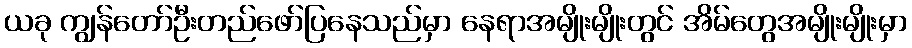
ယခု ကျွန်တော်ဦးတည်ဖော်ပြနေသည်မှာ နေရာအမျိုးမျိုးတွင် အိမ်တွေအမျိုးမျိုးမှာ